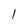
Character: 1